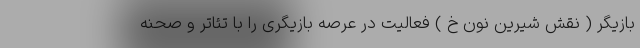
بازیگر ( نقش شیرین نون خ ) فعالیت در عرصه بازیگری را با تئاتر و صحنه